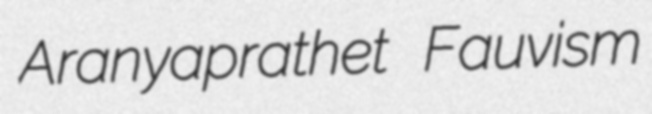
Aranyaprathet Fauvism